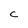
Character: C